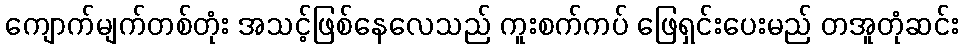
ကျောက်မျက်တစ်တုံး အသင့်ဖြစ်နေလေသည် ကူးစက်ကပ် ဖြေရှင်းပေးမည် တအူတုံဆင်း